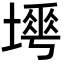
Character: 𡐟